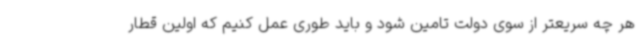
هر چه سریعتر از سوی دولت تامین شود و باید طوری عمل کنیم که اولین قطار